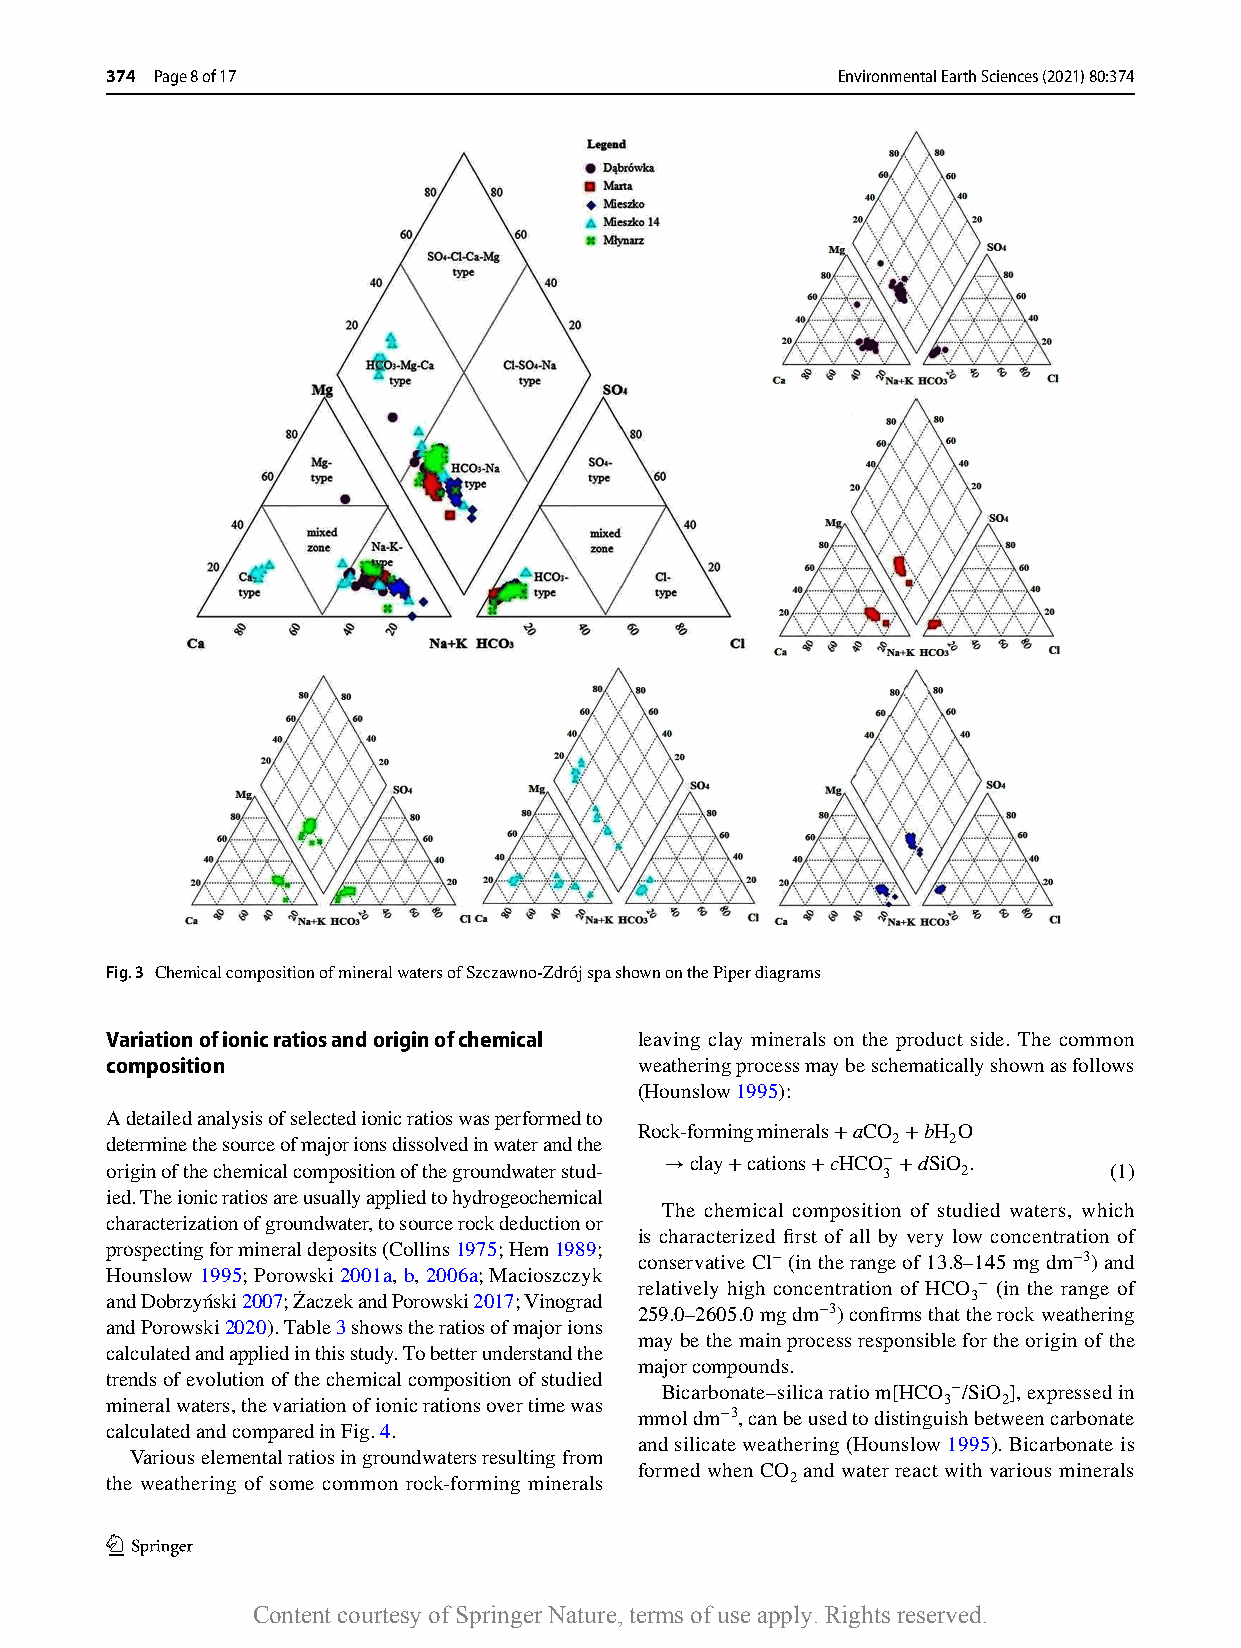
374 Page 8 of 17                                Environmental Earth Sciences (2021) 80:374
 Fig. 3 Chemical composition of mineral waters of Szczawno-Zdrój spa shown on the Piper diagrams
 Variation of ionic ratios and origin of chemical leaving clay minerals on the product side. The common
 composition                        weathering process may be schematically shown as follows
 (Hounslow 1995):
 A detailed analysis of selected ionic ratios was performed to Rock-formingminerals+aCO +bH O
 2   2
 determine the source of major ions dissolved in water and the
 →clay+cations+cHCO−+dSiO
 .
 origin of the chemical composition of the groundwater stud- 3 2   (1)
 ied. The ionic ratios are usually applied to hydrogeochemical
 The chemical composition of studied waters, which
 characterization of groundwater, to source rock deduction or
 is characterized first of all by very low concentration of
 prospecting for mineral deposits (Collins 1975; Hem 1989;
 conservative C l− (in the range of 13.8–145 mg dm−3) and
 Hounslow 1995; Porowski 2001a, b, 2006a; Macioszczyk
 relatively high concentration of HCO − (in the range of
 and Dobrzyński 2007; Żaczek and Porowski 2017; Vinograd  3
 259.0–2605.0 mg d m−3) confirms that the rock weathering
 and Porowski 2020). Table 3 shows the ratios of major ions
 may be the main process responsible for the origin of the
 calculated and applied in this study. To better understand the
 major compounds.
 trends of evolution of the chemical composition of studied
 Bicarbonate–silica ratio m[HCO −/SiO ], expressed in
 mineral waters, the variation of ionic rations over time was 3 2
 mmol d m−3, can be used to distinguish between carbonate
 calculated and compared in Fig. 4.
 and silicate weathering (Hounslow 1995). Bicarbonate is
 Various elemental ratios in groundwaters resulting from
 formed when CO and water react with various minerals
 the weathering of some common rock-forming minerals 2
 1 3
 Content courtesy of Springer Nature, terms of use apply. Rights reserved.